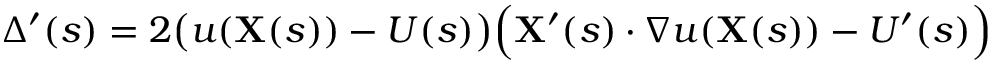
\Delta ^ { \prime } ( s ) = 2 { \big ( } u ( \mathbf { X } ( s ) ) - U ( s ) { \big ) } { \Big ( } \mathbf { X } ^ { \prime } ( s ) \cdot \nabla u ( \mathbf { X } ( s ) ) - U ^ { \prime } ( s ) { \Big ) }